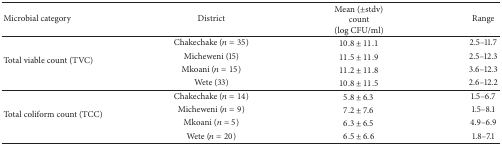
| Microbial category | District | Mean (±stdv) count(log CFU/ml) | Range |
 | --- | --- | --- | --- |
 | <ROWSPAN=4> Total viable count (TVC) | Chakechake (n = 35) | 10.8 ± 11.1 | 2.5–11.7 |
 | Micheweni (15) | 11.5 ± 11.9 | 2.5–12.3 |
 | Mkoani (n = 15) | 11.2 ± 11.8 | 3.6–12.3 |
 | Wete (33) | 10.8 ± 11.5 | 2.6–12.2 |
 | <ROWSPAN=4> Total coliform count (TCC) | Chakechake (n = 14) | 5.8 ± 6.3 | 1.5–6.7 |
 | Micheweni (n = 9) | 7.2 ± 7.6 | 1.5–8.1 |
 | Mkoani (n = 5) | 6.3 ± 6.5 | 4.9–6.9 |
 | Wete (n = 20) | 6.5 ± 6.6 | 1.8–7.1 |